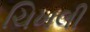
ચિખલી